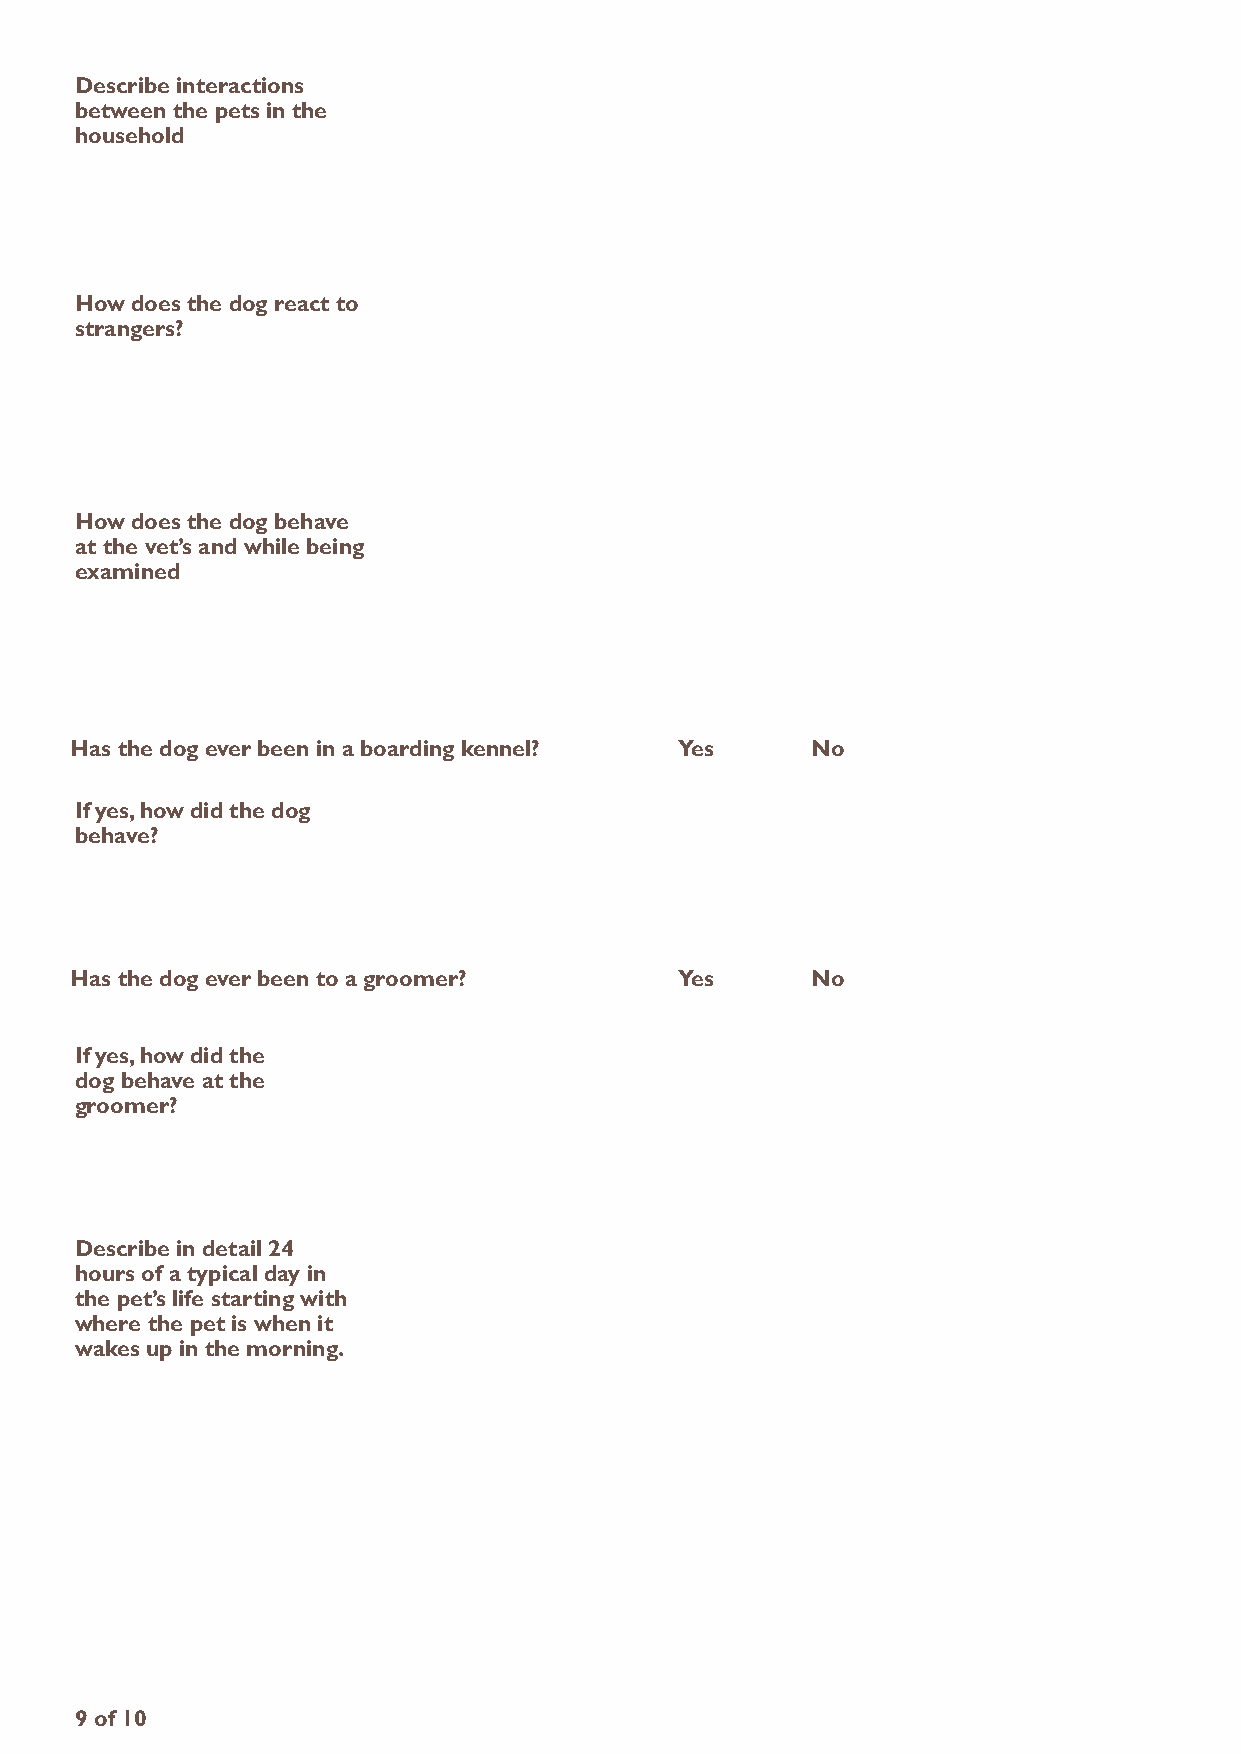
Describe interactions
 between the pets in the
 household
 how does the dog react to
 strangers?
 how does the dog behave
 at the vet’s and while being
 examined
 has the dog ever been in a boarding kennel? Yes  no
 if yes, how did the dog
 behave?
 has the dog ever been to a groomer?     Yes      no
 if yes, how did the
 dog behave at the
 groomer?
 Describe in detail 24
 hours of a typical day in
 the pet’s life starting with
 where the pet is when it
 wakes up in the morning.
 9 of 10